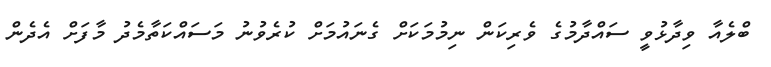
ބްލެއާ ވިދާޅުވީ ސައްދާމުގެ ވެރިކަން ނިމުމަކަށް ގެނައުމަށް ކުރެވުނު މަސައްކަތާމެދު މާފަށް އެދެން